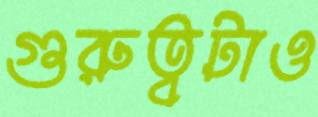
গুরুত্বটাও